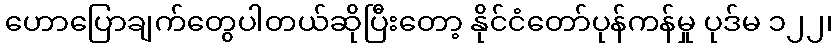
ဟောပြောချက်တွေပါတယ်ဆိုပြီးတော့ နိုင်ငံတော်ပုန်ကန်မှု ပုဒ်မ ၁၂၂၊